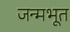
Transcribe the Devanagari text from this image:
जन्मभूत